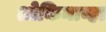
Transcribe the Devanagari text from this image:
ओकिनाव्हा